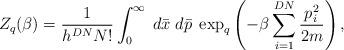
LaTeX: \begin{align*}Z_{q}(\beta) = \frac{1}{h^{DN} N!} \displaystyle \int_{0}^{\infty} \; d\bar{x}\;d\bar{p}\; \exp_{q}\left( - \beta \displaystyle \sum_{i=1}^{DN} \frac{p_{i}^{2}}{2m} \right), \end{align*}